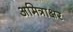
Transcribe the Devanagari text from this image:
अमित्राक्षर